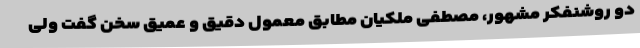
دو روشنفکر مشهور، مصطفی ملکیان مطابق معمول دقیق و عمیق سخن گفت ولی